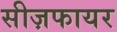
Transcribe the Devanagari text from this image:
सीज़फायर